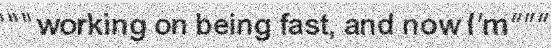
"""working on being fast, and now I'm"""